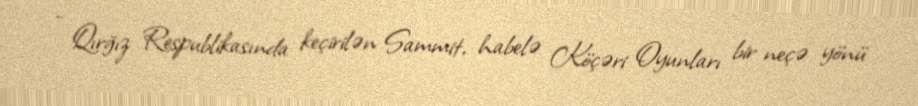
- Qırğız Respublikasında keçirilən Sammit, habelə Köçəri Oyunları bir neçə yönü